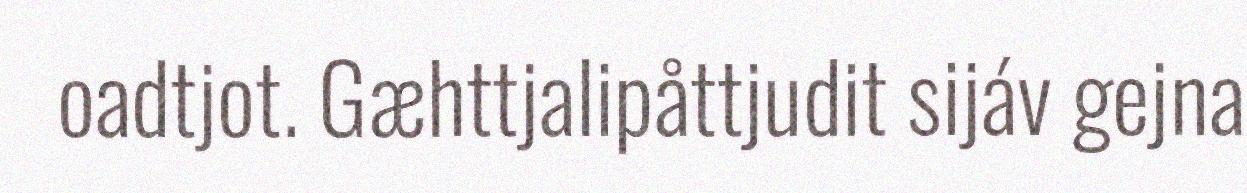
oadtjot. Gæhttjalipåttjudit sijáv gejna